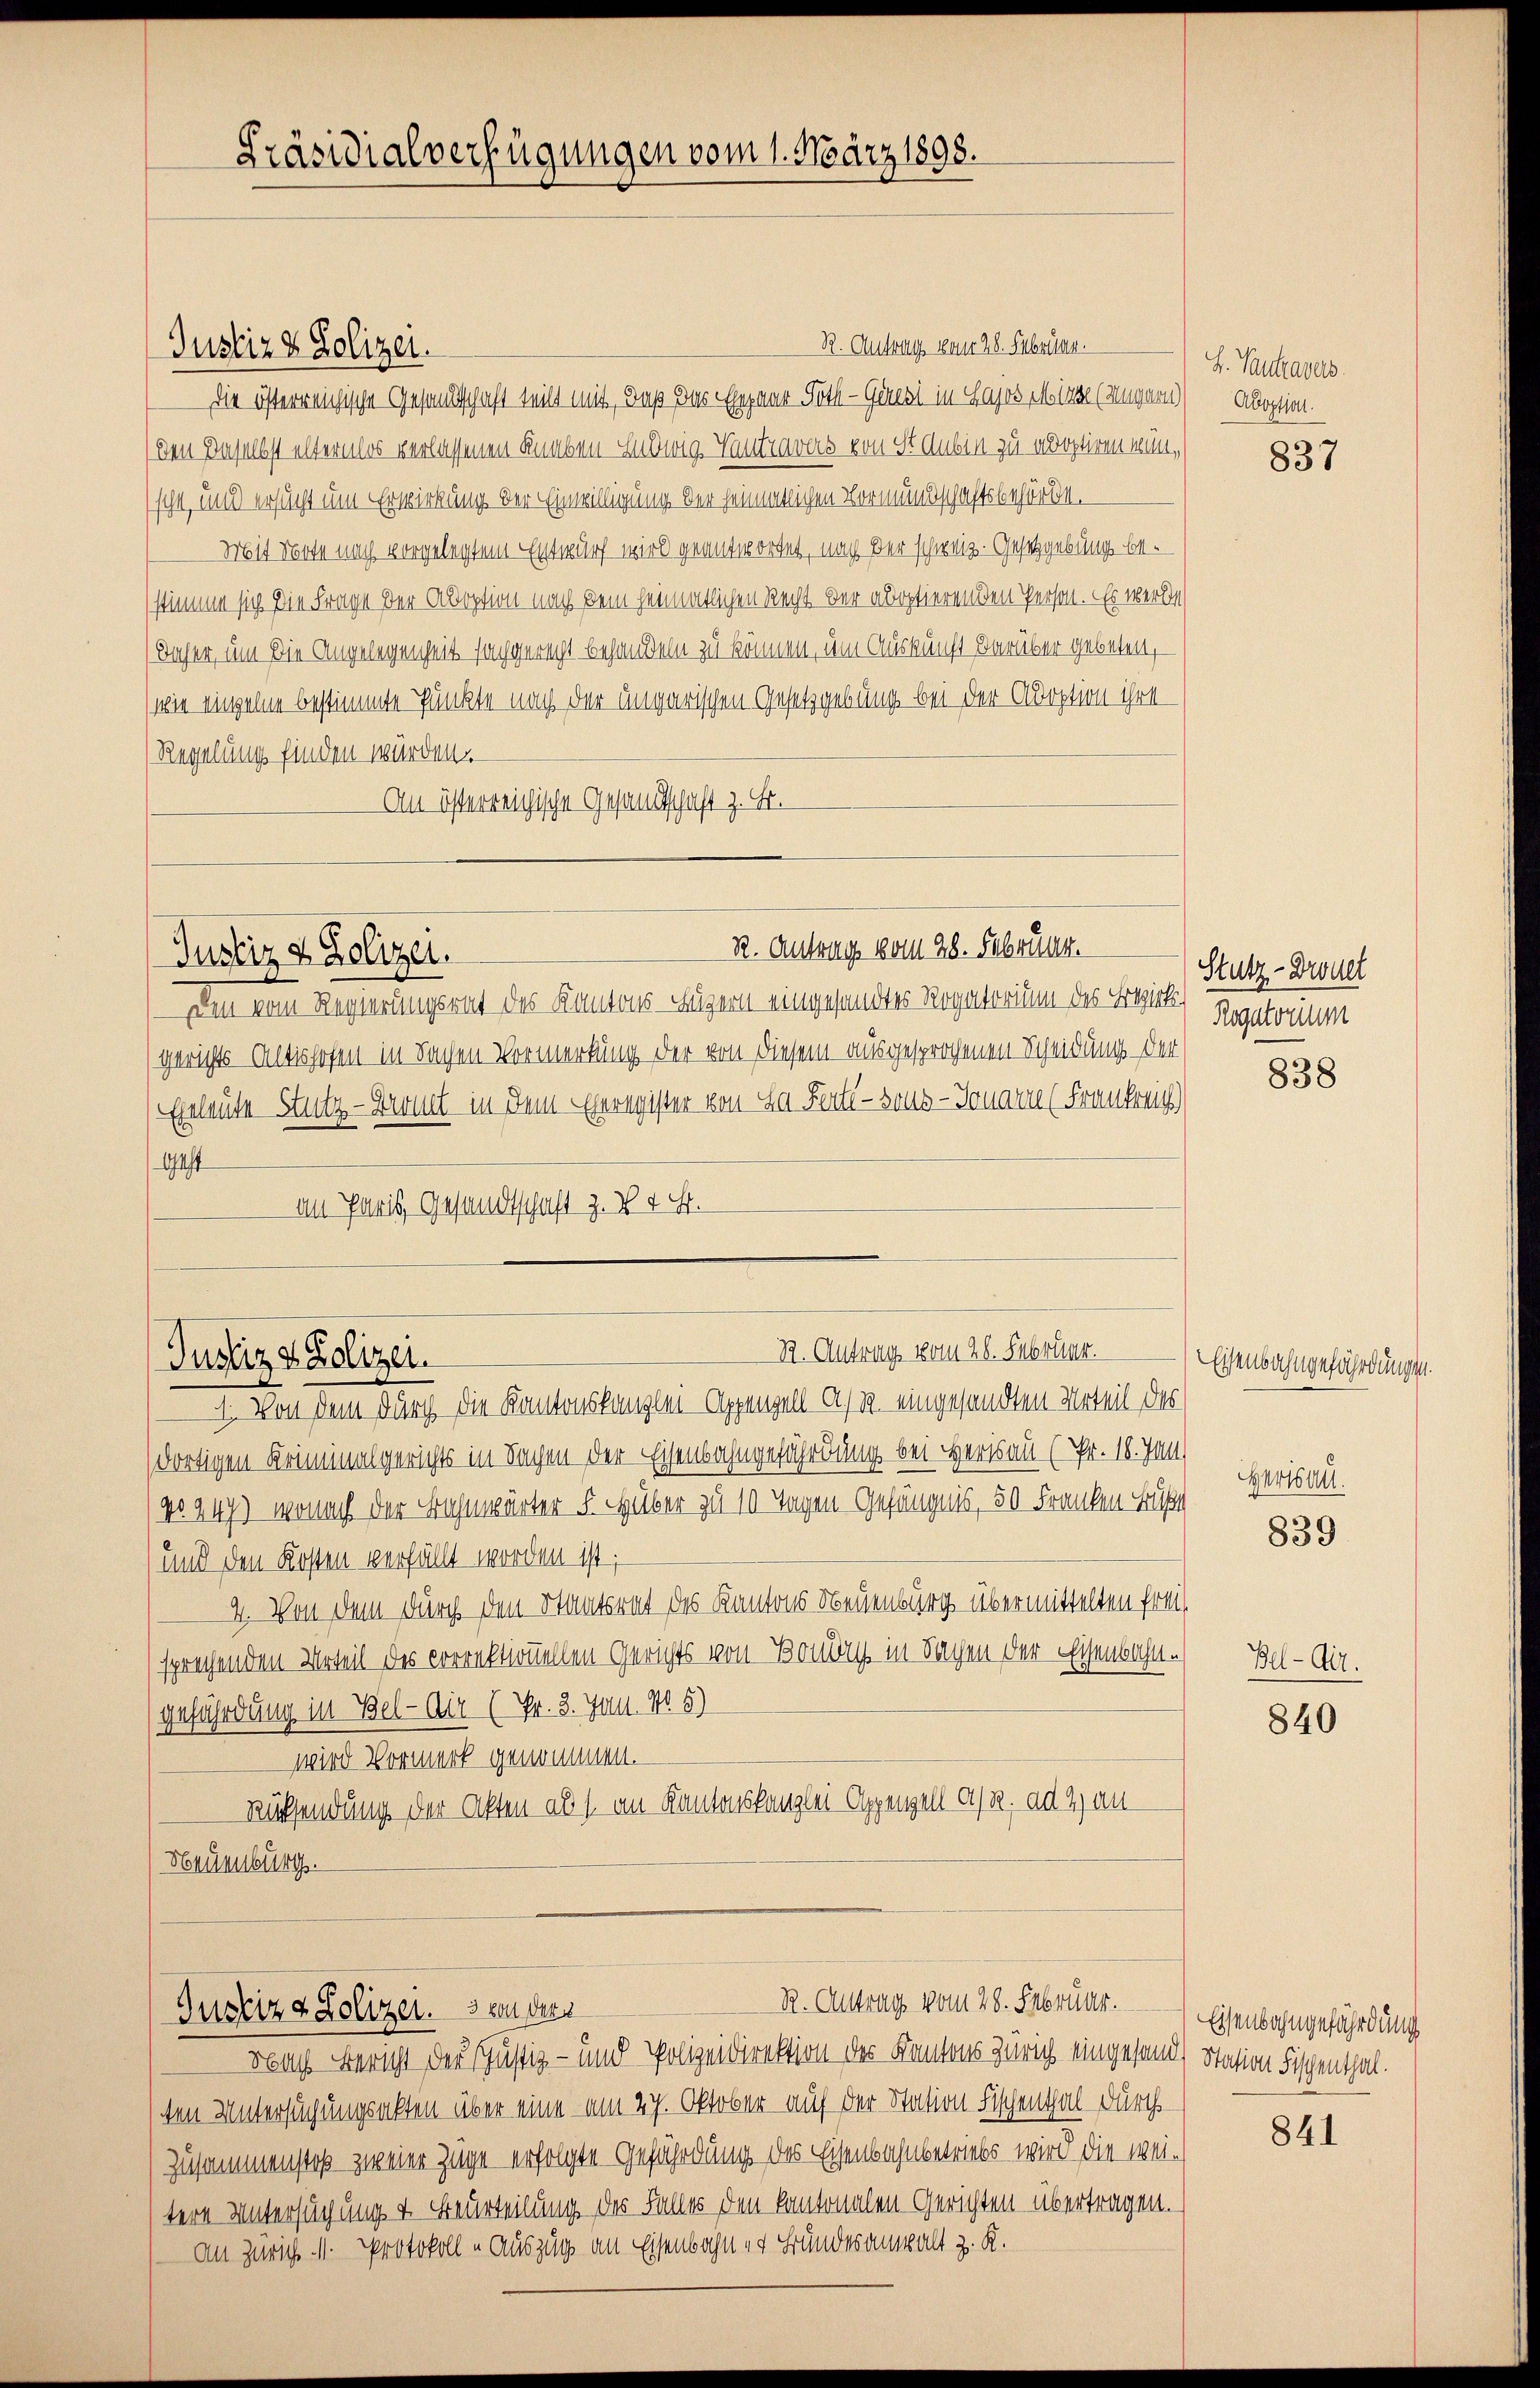
Präsidialverfügungen vom 1. März 1898.

R. Antrag vom 28. Februar.
Justiz & Polizei.
die österreichische Gesandtschaft teilt mit, daß das Ehepaar Roth - Genesi in Sajos Minde (Mugarn)
den Daselbst elternlos verlassenen Knaben Ludwig Tantravers von Stdubin zu adoptiren man,
sche und ersucht um Erwirkung der Einwilligung der sämmtlichen Vormundschaftsbehörde.
Mit Note nach vorgelegtem Entwurf wird geantwortet, nach der schweiz. Gesetzgebung bestimme sich die Frage der Adoption nach dem heimatlichen Recht der adoptierenden Person. Es werden
daher, um die Angelegenheit sachgerecht behandeln zu können, um Auskunft darüber gebeten,
wie einzelne bestimmte Punkte nach der ungarischen Gesetzgebung bei der Adoption ihre
Regelung finden würden.
An österreichische Gesandtschaft z. Fr.
R. Antrag vom 28. Februar.
Justiz & Polizei.
Den vom Regierungsrat des Kantons-Lägern eingesandtes Rogatorium des Begler Rogatorium
gerichts Altishofen in Sachen Vormerkung der von diesem ausgesprochenen Scheidung der
Eheleute Stutz - Bront in dem Eheregister von L. Ferti - sons- Jonare (Frankreich)
Gast
an Paris, Gesandtschaft z. B. d. M.

R. Antrag vom 26. Februar.
Justiz & Polizei.

R. Antrag vom 28. Februar.
Justiz & Polizei. 3 von der

Nach Bericht der Justiz- und Polizeidirektion der Kantons Zürich eingesandt Station Fischenthal.
ten Untersuchungsakten über eine am 27. Oktober auf der Station Fischenthal durch
Zusammenstoß zweier Züge erfolgte Gefährdung des Eisenbahnbetriebs wird die weitere Unterfügung 4. Beurteilung der Falles den kantonalen Gerichten übertragen.
an Zürich. 1. Protokoll auszug an Eisenbahn er Bundesanwalt z. R.

1. Von dem durch die Kantonskanzlei- Appenzell A. M. eingesandten Urteil des
dortigen Kriminalgerichts in Sachen der Eisenbahngefährdung bei Herisau (Pr. 18. Jan
No. 249) wonach der Bahnwärter F. Huber zu 10 Tagen Gefängnis, 50 Franken Buße
und den Kosten verfällt worden ist;
4. Von dem durch den Staatsrat des Kantons Neuenburg übermittelten Frei
sprechenden Urteil des correktionellen Gerichts von Bonbruch in Sachen der Eisenbahngeführdung in Bel- Dir (Fr. 3. Jun. N. 5)
wird Vormerk genommen.
Rücksendung der Akten als im Kantonskanzlei- Appenzell a. ad 2) an¬
Neuenburg.

H. Tantraves.
Adoption.

837

Stutz-Drohet

838

Eisenbahngefährdungen.
Herisant.

839

Bel-Ait.

840

Eisenbahngefährdung

841